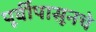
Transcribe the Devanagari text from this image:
पूर्वीपासूनचे